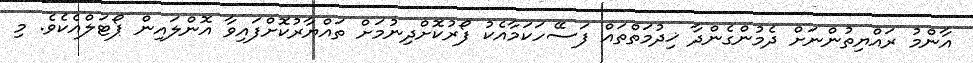
އާންމު ރައްޔިތުންނަށް ދެމުންގެންދާ ޚިދުމަތްތައް ފަސޭހަކަމާއެކު ފޯރުކޮށްދިނުމަށް ތައްޔާރުކޮށްފައިވާ އޮންލައިން ޕޯޓަލްއެކެވެ. މި